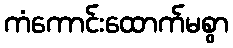
ကံကောင်းထောက်မစွာ